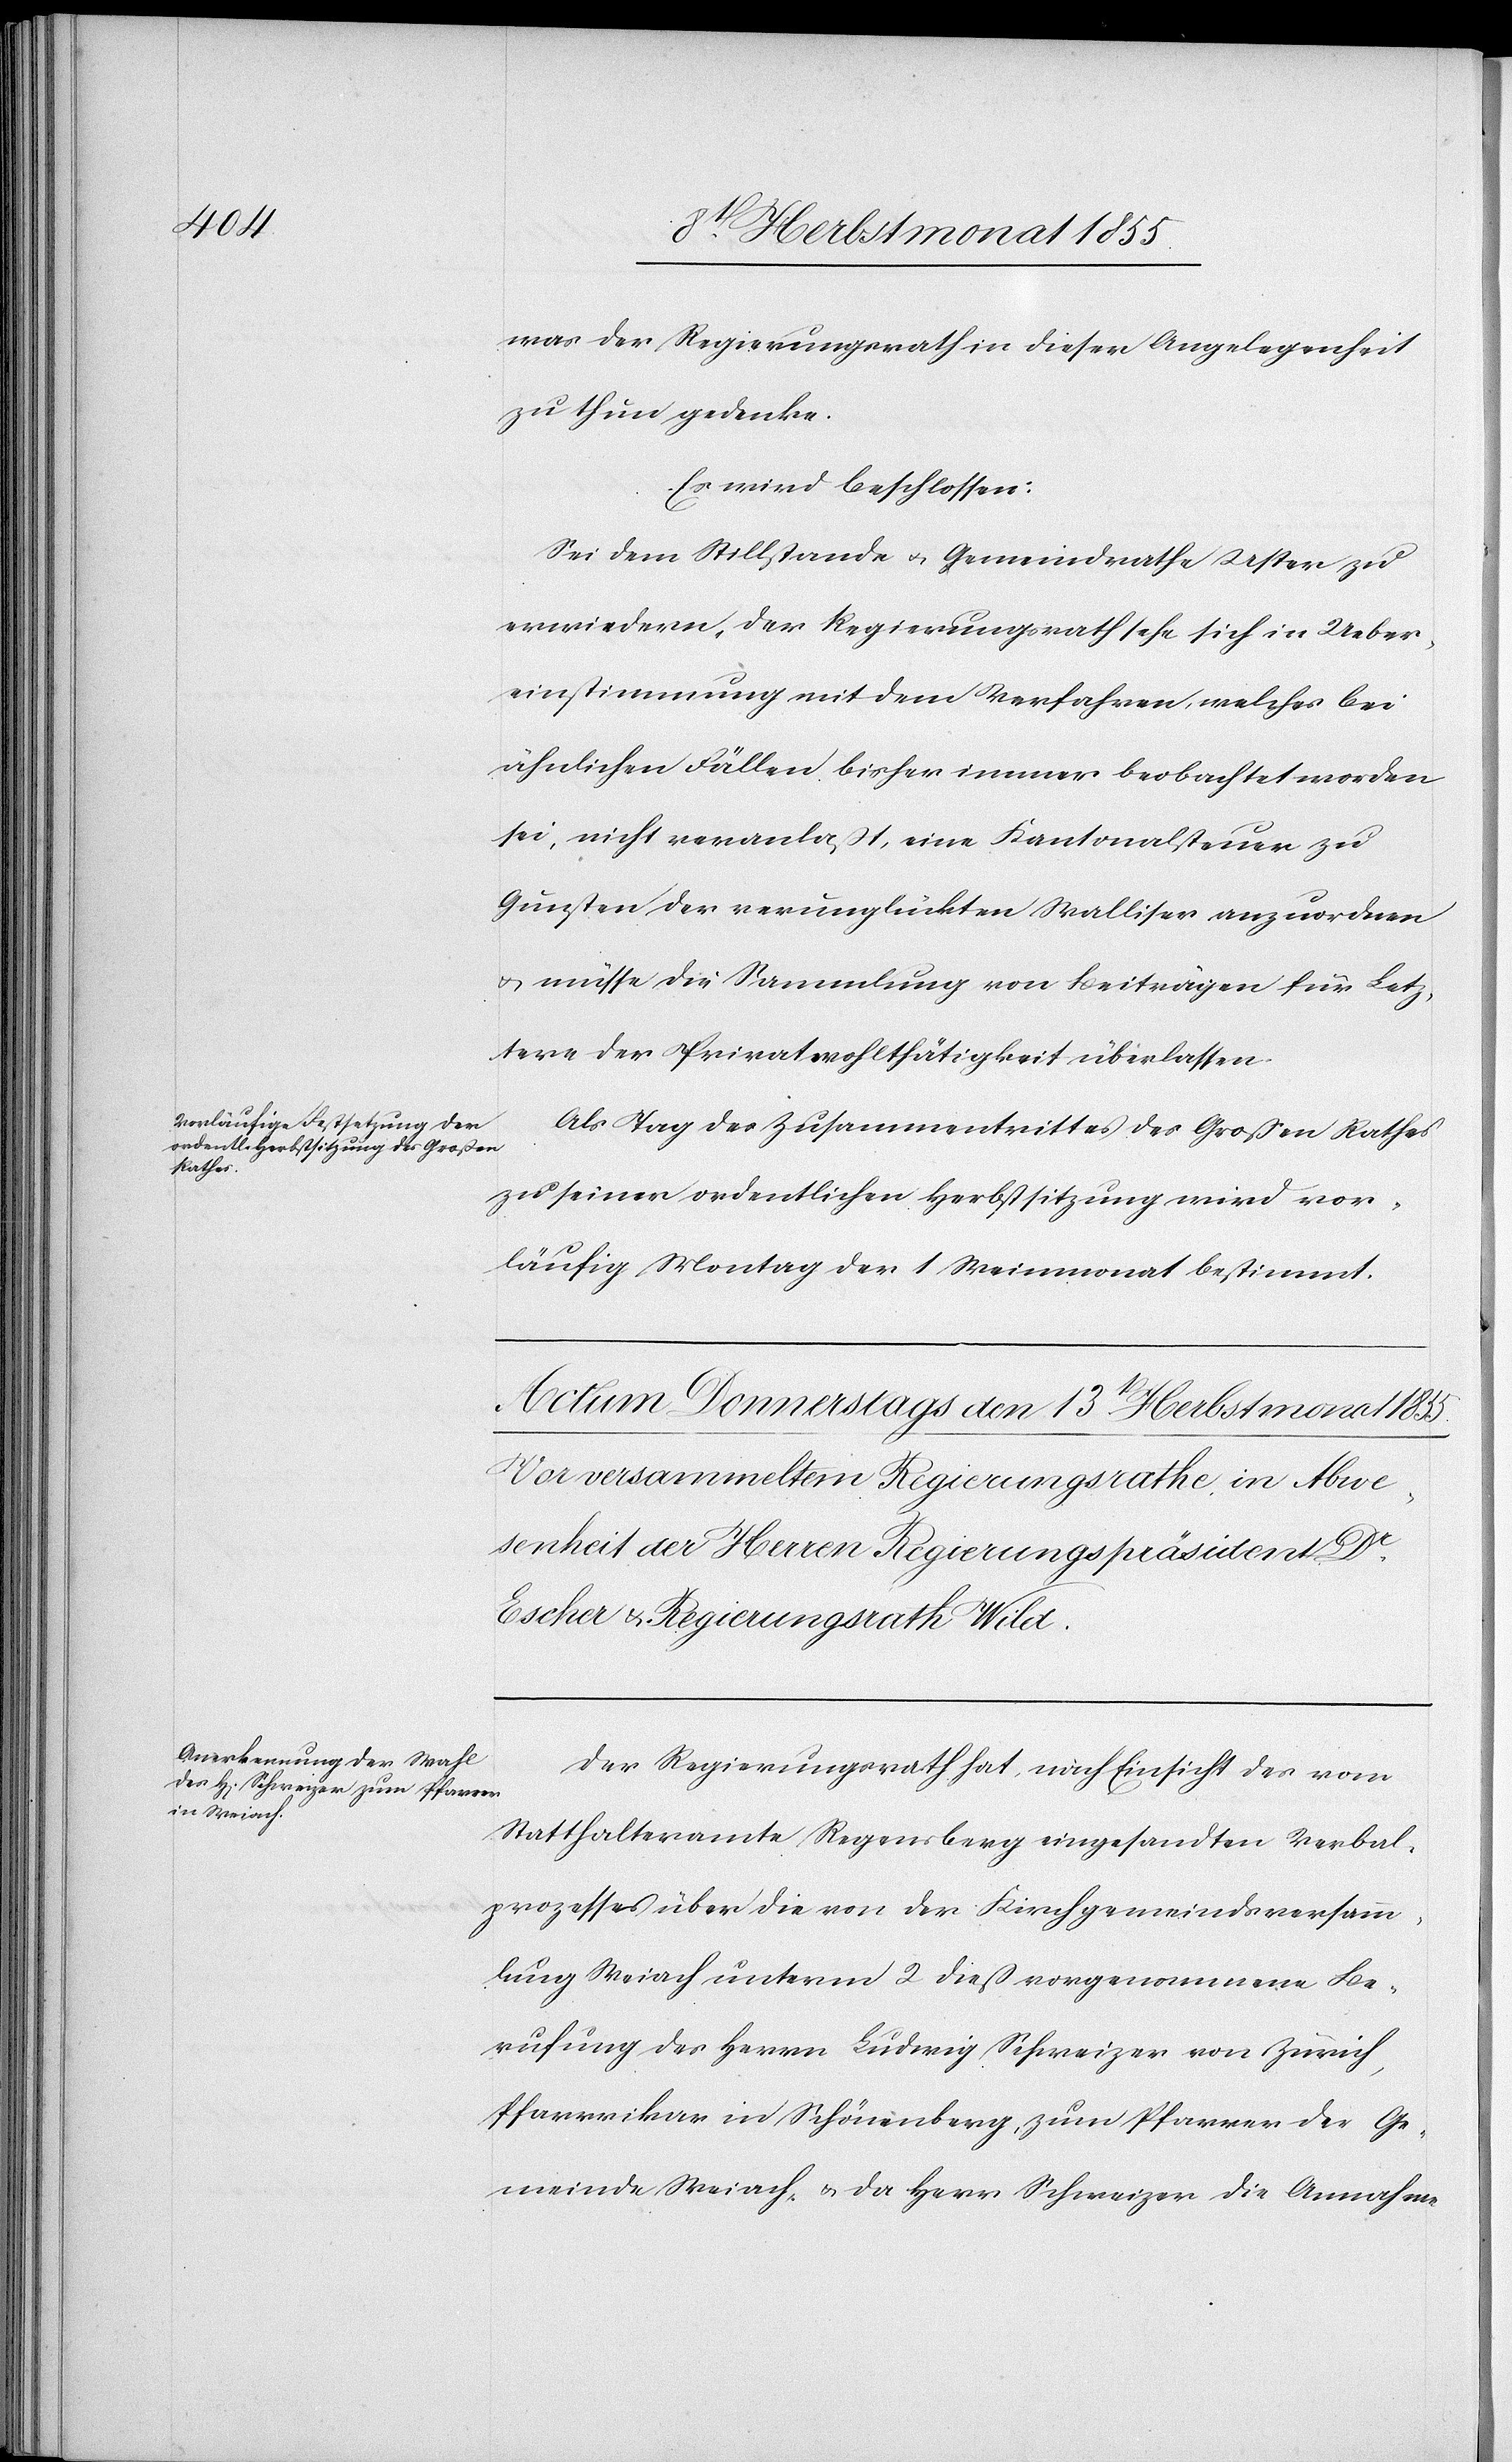
was der Regierungsrath in dieser Angelegenheit
zu thun gedenke.
Es wird beschlossen:
Sei dem Stillstande & Gemeindrathe Uster zu
erwiedern, der Regierungsrath sehe sich in Ueber¬
einstimmung mit dem Verfahren, welches bei
ähnlichen Fällen bisher immer beobachtet worden
sei, nicht veranlaßt, eine Kantonalsteuer zu
Gunsten der verunglückten Walliser anzuordnen
& müsse die Sammlung von Beiträgen für Letz¬
tere der Privatwohlthätigkeit überlassen.
Als Tag des Zusammentrittes des Großen Rathes
zu seiner ordentlichen Herbstsitzung wird vor¬
läufig Montag der 1 Weinmonat bestimmt.
Der Regierungsrath hat, nach Einsicht des vom
Statthalteramte Regensberg eingesandten Verbal¬
prozesses über die von der Kirchgemeindsversamm¬
lung Weiach unterm 2 dieß vorgenommene Be¬
rufung des Herrn Ludwig Schweizer von Zürich,
Pfarrvikar in Schönenberg, zum Pfarrer der Ge¬
meinde Weiach, & da Herr Schweizer die Annahme